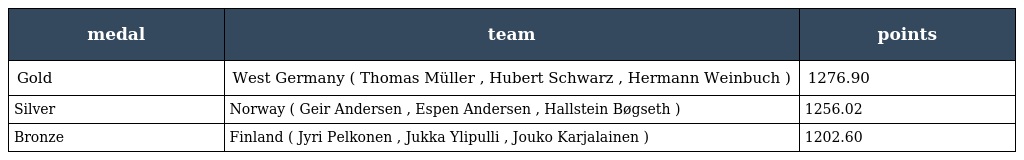
| medal | team | points |
 | --- | --- | --- |
 | Gold | West Germany ( Thomas Müller , Hubert Schwarz , Hermann Weinbuch ) | 1276.90 |
 | Silver | Norway ( Geir Andersen , Espen Andersen , Hallstein Bøgseth ) | 1256.02 |
 | Bronze | Finland ( Jyri Pelkonen , Jukka Ylipulli , Jouko Karjalainen ) | 1202.60 |